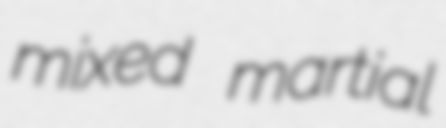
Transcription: mixed martial